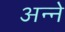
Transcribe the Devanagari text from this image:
अन्‍ने